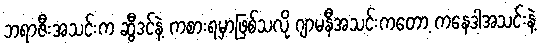
ဘရာဇီးအသင်းက ဆွီဒင်နဲ့ ကစားရမှာဖြစ်သလို ဂျာမနီအသင်းကတော့ ကနေဒါအသင်းနဲ့